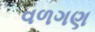
વળગણ